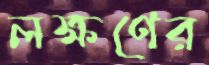
লক্ষণের